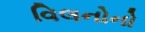
વિલનોનો